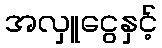
အလှူငွေနှင့်